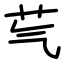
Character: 芞